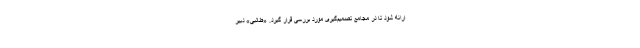
ارائه شود تا در مجامع تصمیم‌گیری مورد بررسی قرار گیرد. «طالبی» دبیر